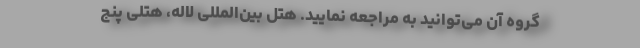
گروه آن می‌توانید به مراجعه نمایید. هتل بین‌المللی لاله، هتلی پنج